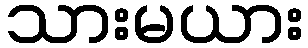
သားမယား